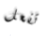
تفعل